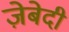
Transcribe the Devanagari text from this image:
ज़ेबेदी